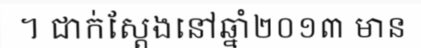
។ ជាក់ស្តែងនៅឆ្នាំ២០១៣ មាន